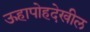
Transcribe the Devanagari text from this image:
ऊहापोहदेखील